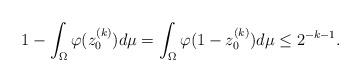
LaTeX: \begin{align*}1-\int_{\Omega}\varphi(z_0^{(k)})d\mu=\int_{\Omega}\varphi(1-z_0^{(k)})d\mu\leq2^{-k-1}. \end{align*}